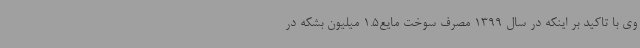
وی با تاکید بر اینکه در سال 1399 مصرف سوخت مایع1.5 میلیون بشکه در